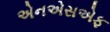
એનએસએફ